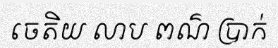
ចេតិយ លាប ពណ៌ ប្រាក់